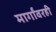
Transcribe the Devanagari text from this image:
मार्गांवरही